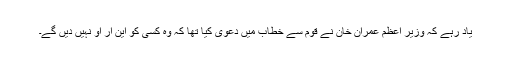
یاد رہے کہ وزیر اعظم عمران خان نے قوم سے خطاب میں دعوی کیا تھا کہ وہ کسی کو این آر او نہیں دیں گے۔